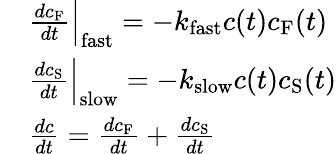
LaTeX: \begin{array}{rl}&{\frac{dc_{\mathrm{F}}}{dt}\Big\vert_{\mathrm{fast}}=-k_{\mathrm{fast}}c(t)c_{\mathrm{F}}(t)}\\ &{\frac{dc_{\mathrm{S}}}{dt}\Big\vert_{\mathrm{slow}}=-k_{\mathrm{slow}}c(t)c_{\mathrm{S}}(t)}\\ &{\frac{dc}{dt}=\frac{dc_{\mathrm{F}}}{dt}+\frac{dc_{\mathrm{S}}}{dt}}\end{array}